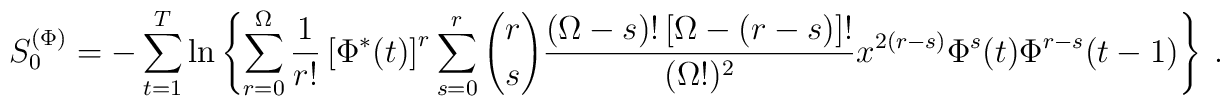
S_0^{(\Phi)} = - \sum_{t=1}^T \ln \left\{ \sum_{r=0}^{\Omega} \frac{1}{r!} \left[\Phi^*(t)\right]^r\sum_{s=0}^r {r\choose s} \frac{(\Omega-s)! \left[\Omega-(r-s)\right]!}{(\Omega!)^2} x^{2(r-s)} \Phi^s(t) \Phi^{r-s}(t-1) \right\}\ .